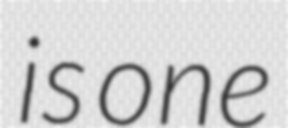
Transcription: is one